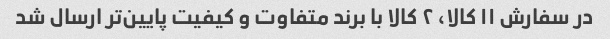
در سفارش ۱۱ کالا، ۲ کالا با برند متفاوت و کیفیت پایین‌تر ارسال شد